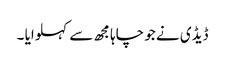
ڈیڈی نے جو چاہا مجھ سے کہلوایا ۔